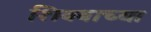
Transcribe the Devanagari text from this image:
शिवबाच्या